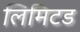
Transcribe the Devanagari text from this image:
लिमिटड